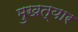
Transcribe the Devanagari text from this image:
मुखत्यार